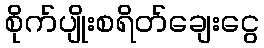
စိုက်ပျိုးစရိတ်ချေးငွေ